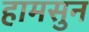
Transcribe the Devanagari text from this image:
हामसुन